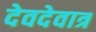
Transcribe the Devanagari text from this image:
देवदेवात्र